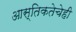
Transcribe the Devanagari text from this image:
आस्तिकतेचेही